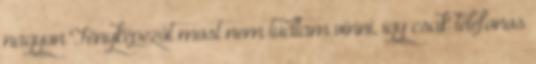
nagyon Fényképezőt most nem tudtam vinni, így csak telefonos